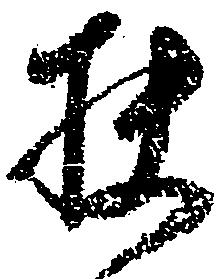
扶